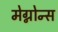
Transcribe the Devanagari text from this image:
मेग्नोन्स